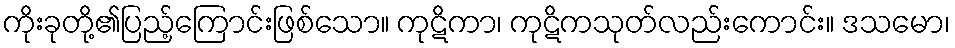
ကိုးခုတို့၏ပြည့်ကြောင်းဖြစ်သော။ ကုဋိကာ၊ ကုဋိကသုတ်လည်းကောင်း။ ဒသမော၊